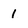
Character: 1